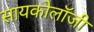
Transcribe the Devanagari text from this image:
सायकोलॉजी